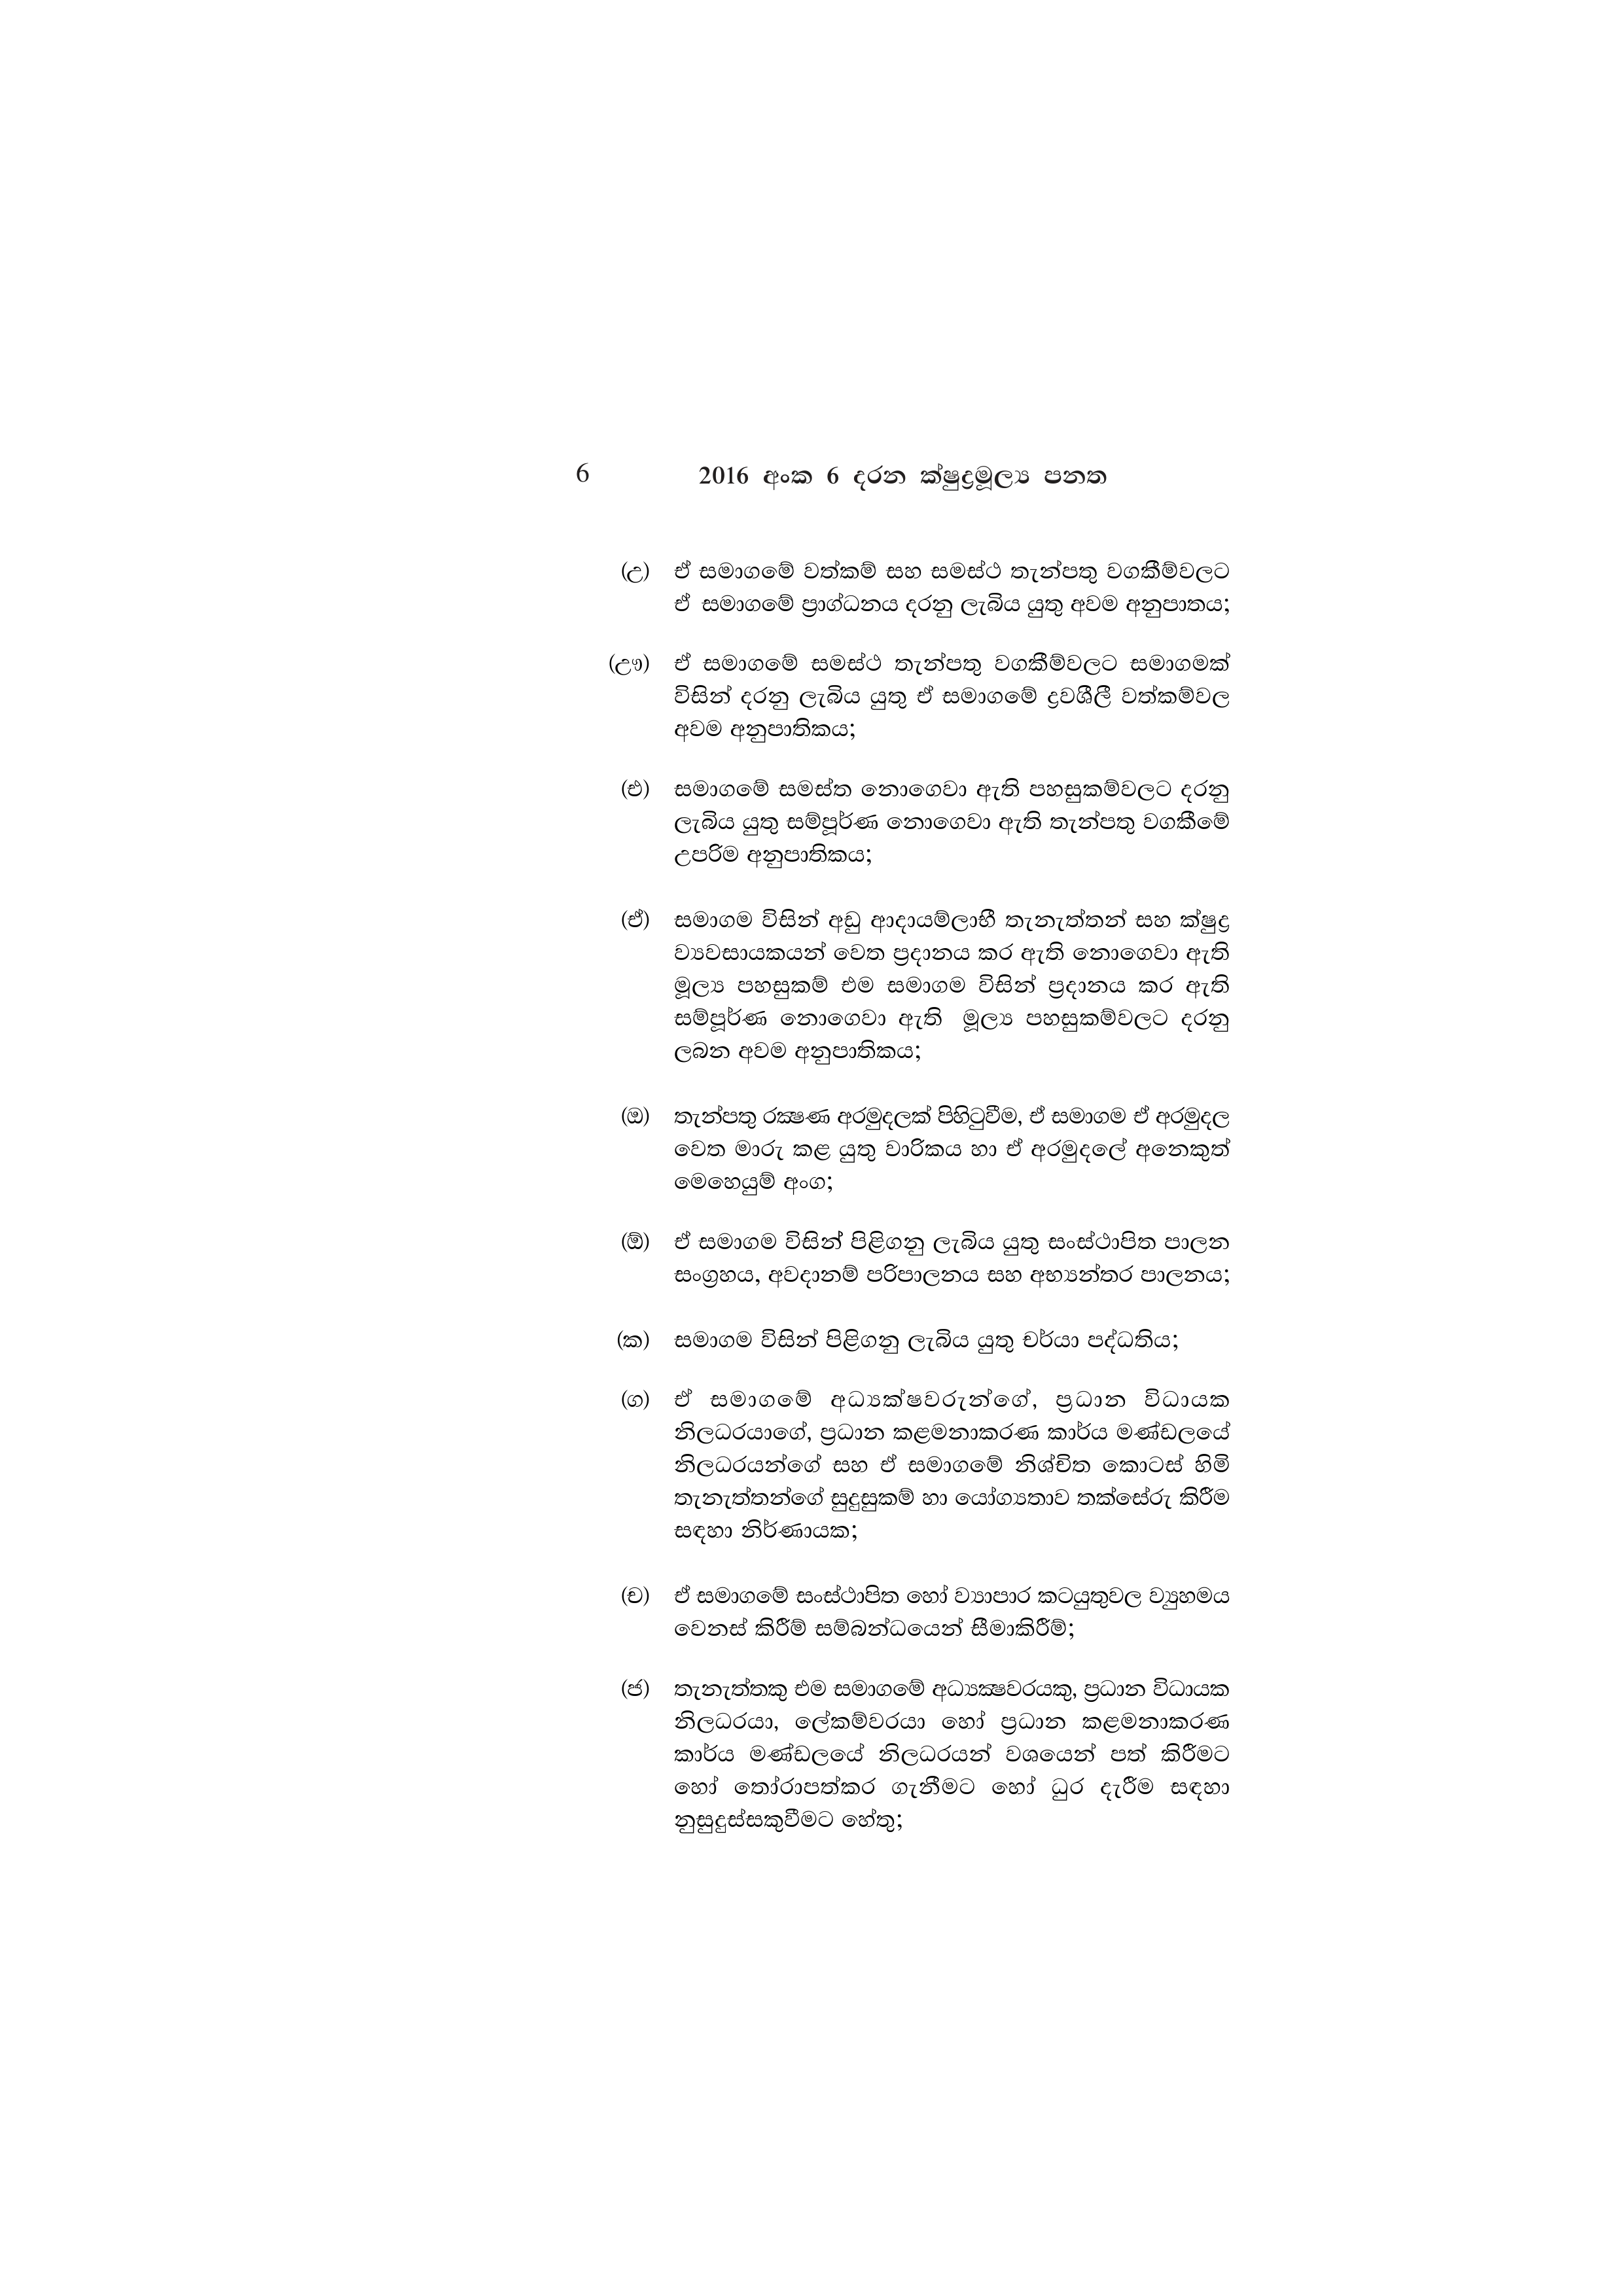
6 2016 අංක 6 දරන ක්ෂුද්‍රමූල්‍ය පනත

(උ) ඒ සමාගමේ වත්කම් සහ සමස්ථ තැන්පතු වගකීම්වලට
ඒ සමාගමේ ප්‍රාග්ධනය දරනු ලැබිය යුතු අවම අනුපාතය;

(ඌ) ඒ සමාගමේ සමස්ථ තැන්පතු වගකීම්වලට සමාගමක්
විසින් දරනු ලැබිය යුතු ඒ සමාගමේ ද්‍රවශීලී වත්කම්වල
අවම අනුපාතිකය;

(එ) සමාගමේ සමස්ත නොගෙවා ඇති පහසුකම්වලට දරනු
ලැබිය යුතු සම්පූර්ණ නොගෙවා ඇති තැන්පතු වගකීමේ
උපරිම අනුපාතිකය;

(ඒ) සමාගම විසින් අඩු ආදායම්ලාභී තැනැත්තන් සහ ක්ෂුද්‍ර
ව්‍යවසායකයන් වෙත ප්‍රදානය කර ඇති නොගෙවා ඇති
මූල්‍ය පහසුකම් එම සමාගම විසින් ප්‍රදානය කර ඇති
සම්පූර්ණ නොගෙවා ඇති මූල්‍ය පහසුකම්වලට දරනු
ලබන අවම අනුපාතිකය;

(ඔ) තැන්පතු රක්‍ෂණ අරමුදලක් පිහිටුවීම, ඒ සමාගම ඒ අරමුදල
වෙත මාරු කළ යුතු වාරිකය හා ඒ අරමුදලේ අනෙකුත්
මෙහෙයුම් අංග;

(ඕ) ඒ සමාගම විසින් පිළිගනු ලැබිය යුතු සංස්ථාපිත පාලන
සංග්‍රහය, අවදානම් පරිපාලනය සහ අභ්‍යන්තර පාලනය;

(ක) සමාගම විසින් පිළිගනු ලැබිය යුතු චර්යා පද්ධතිය;

(ග) ඒ සමාගමේ අධ්‍යක්ෂවරුන්ගේ, ප්‍රධාන විධායක
නිලධරයාගේ, ප්‍රධාන කළමනාකරණ කාර්ය මණ්ඩලයේ
නිලධරයන්ගේ සහ ඒ සමාගමේ නිශ්චිත කොටස් හිමි
තැනැත්තන්ගේ සුදුසුකම් හා යෝග්‍යතාව තක්සේරු කිරීම
සඳහා නිර්ණායක;

(ච) ඒ සමාගමේ සංස්ථාපිත හෝ ව්‍යාපාර කටයුතුවල ව්‍යුහමය
වෙනස් කිරීම් සම්බන්ධයෙන් සීමාකිරීම්;

(ජ) තැනැත්තකු එම සමාගමේ අධ්‍යක්‍ෂවරයකු, ප්‍රධාන විධායක
නිලධරයා, ලේකම්වරයා හෝ ප්‍රධාන කළමනාකරණ
කාර්ය මණ්ඩලයේ නිලධරයන් වශයෙන් පත් කිරීමට
හෝ තෝරාපත්කර ගැනීමට හෝ ධුර දැරීම සඳහා
නුසුදුස්සකුවීමට හේතු;